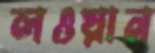
লওয়ান